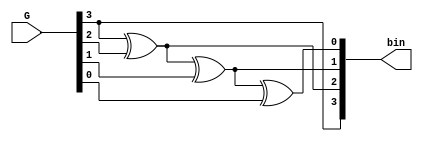
module gray2bin
        (input [3:0] G, //gray code output
         output [3:0] bin   //binary input
        );

assign bin[3] = G[3];
assign bin[2] = G[3] ^ G[2];
assign bin[1] = G[3] ^ G[2] ^ G[1];
assign bin[0] = G[3] ^ G[2] ^ G[1] ^ G[0];

endmodule